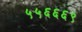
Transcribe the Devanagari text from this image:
५५६६६९